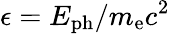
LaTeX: \epsilon=E_{\mathrm{ph}}/m_{\mathrm{e}}c^{2}